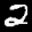
Label: 2